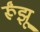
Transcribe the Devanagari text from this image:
र्रूंझू